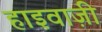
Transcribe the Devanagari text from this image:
हाइवाज़ी